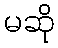
မဆို